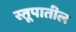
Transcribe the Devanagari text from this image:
स्तूपातील